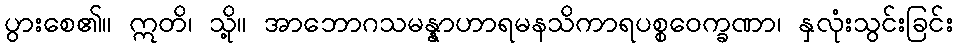
ပွားစေ၏။ ဣတိ၊ သို့။ အာဘောဂသမန္နာဟာရမနသိကာရပစ္စဝေက္ခဏာ၊ နှလုံးသွင်းခြင်း